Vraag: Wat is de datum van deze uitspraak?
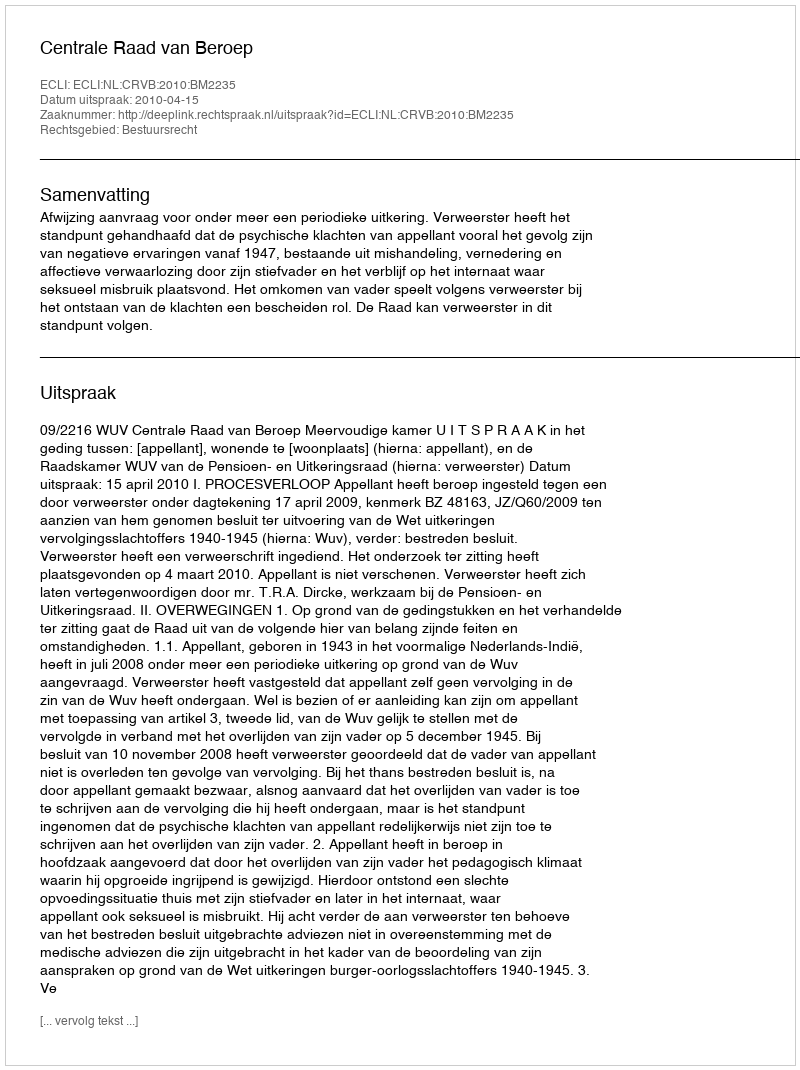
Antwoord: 2010-04-15